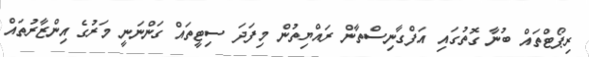
ރިޕޯޓްތައް ބުނާ ގޮތުގައި އަފްގާނިސްތާން ރައްޔިތުން މިފަދަ ސިޓީތައް ގަންނަނީ މަރުގެ އިންޒާރުތައް